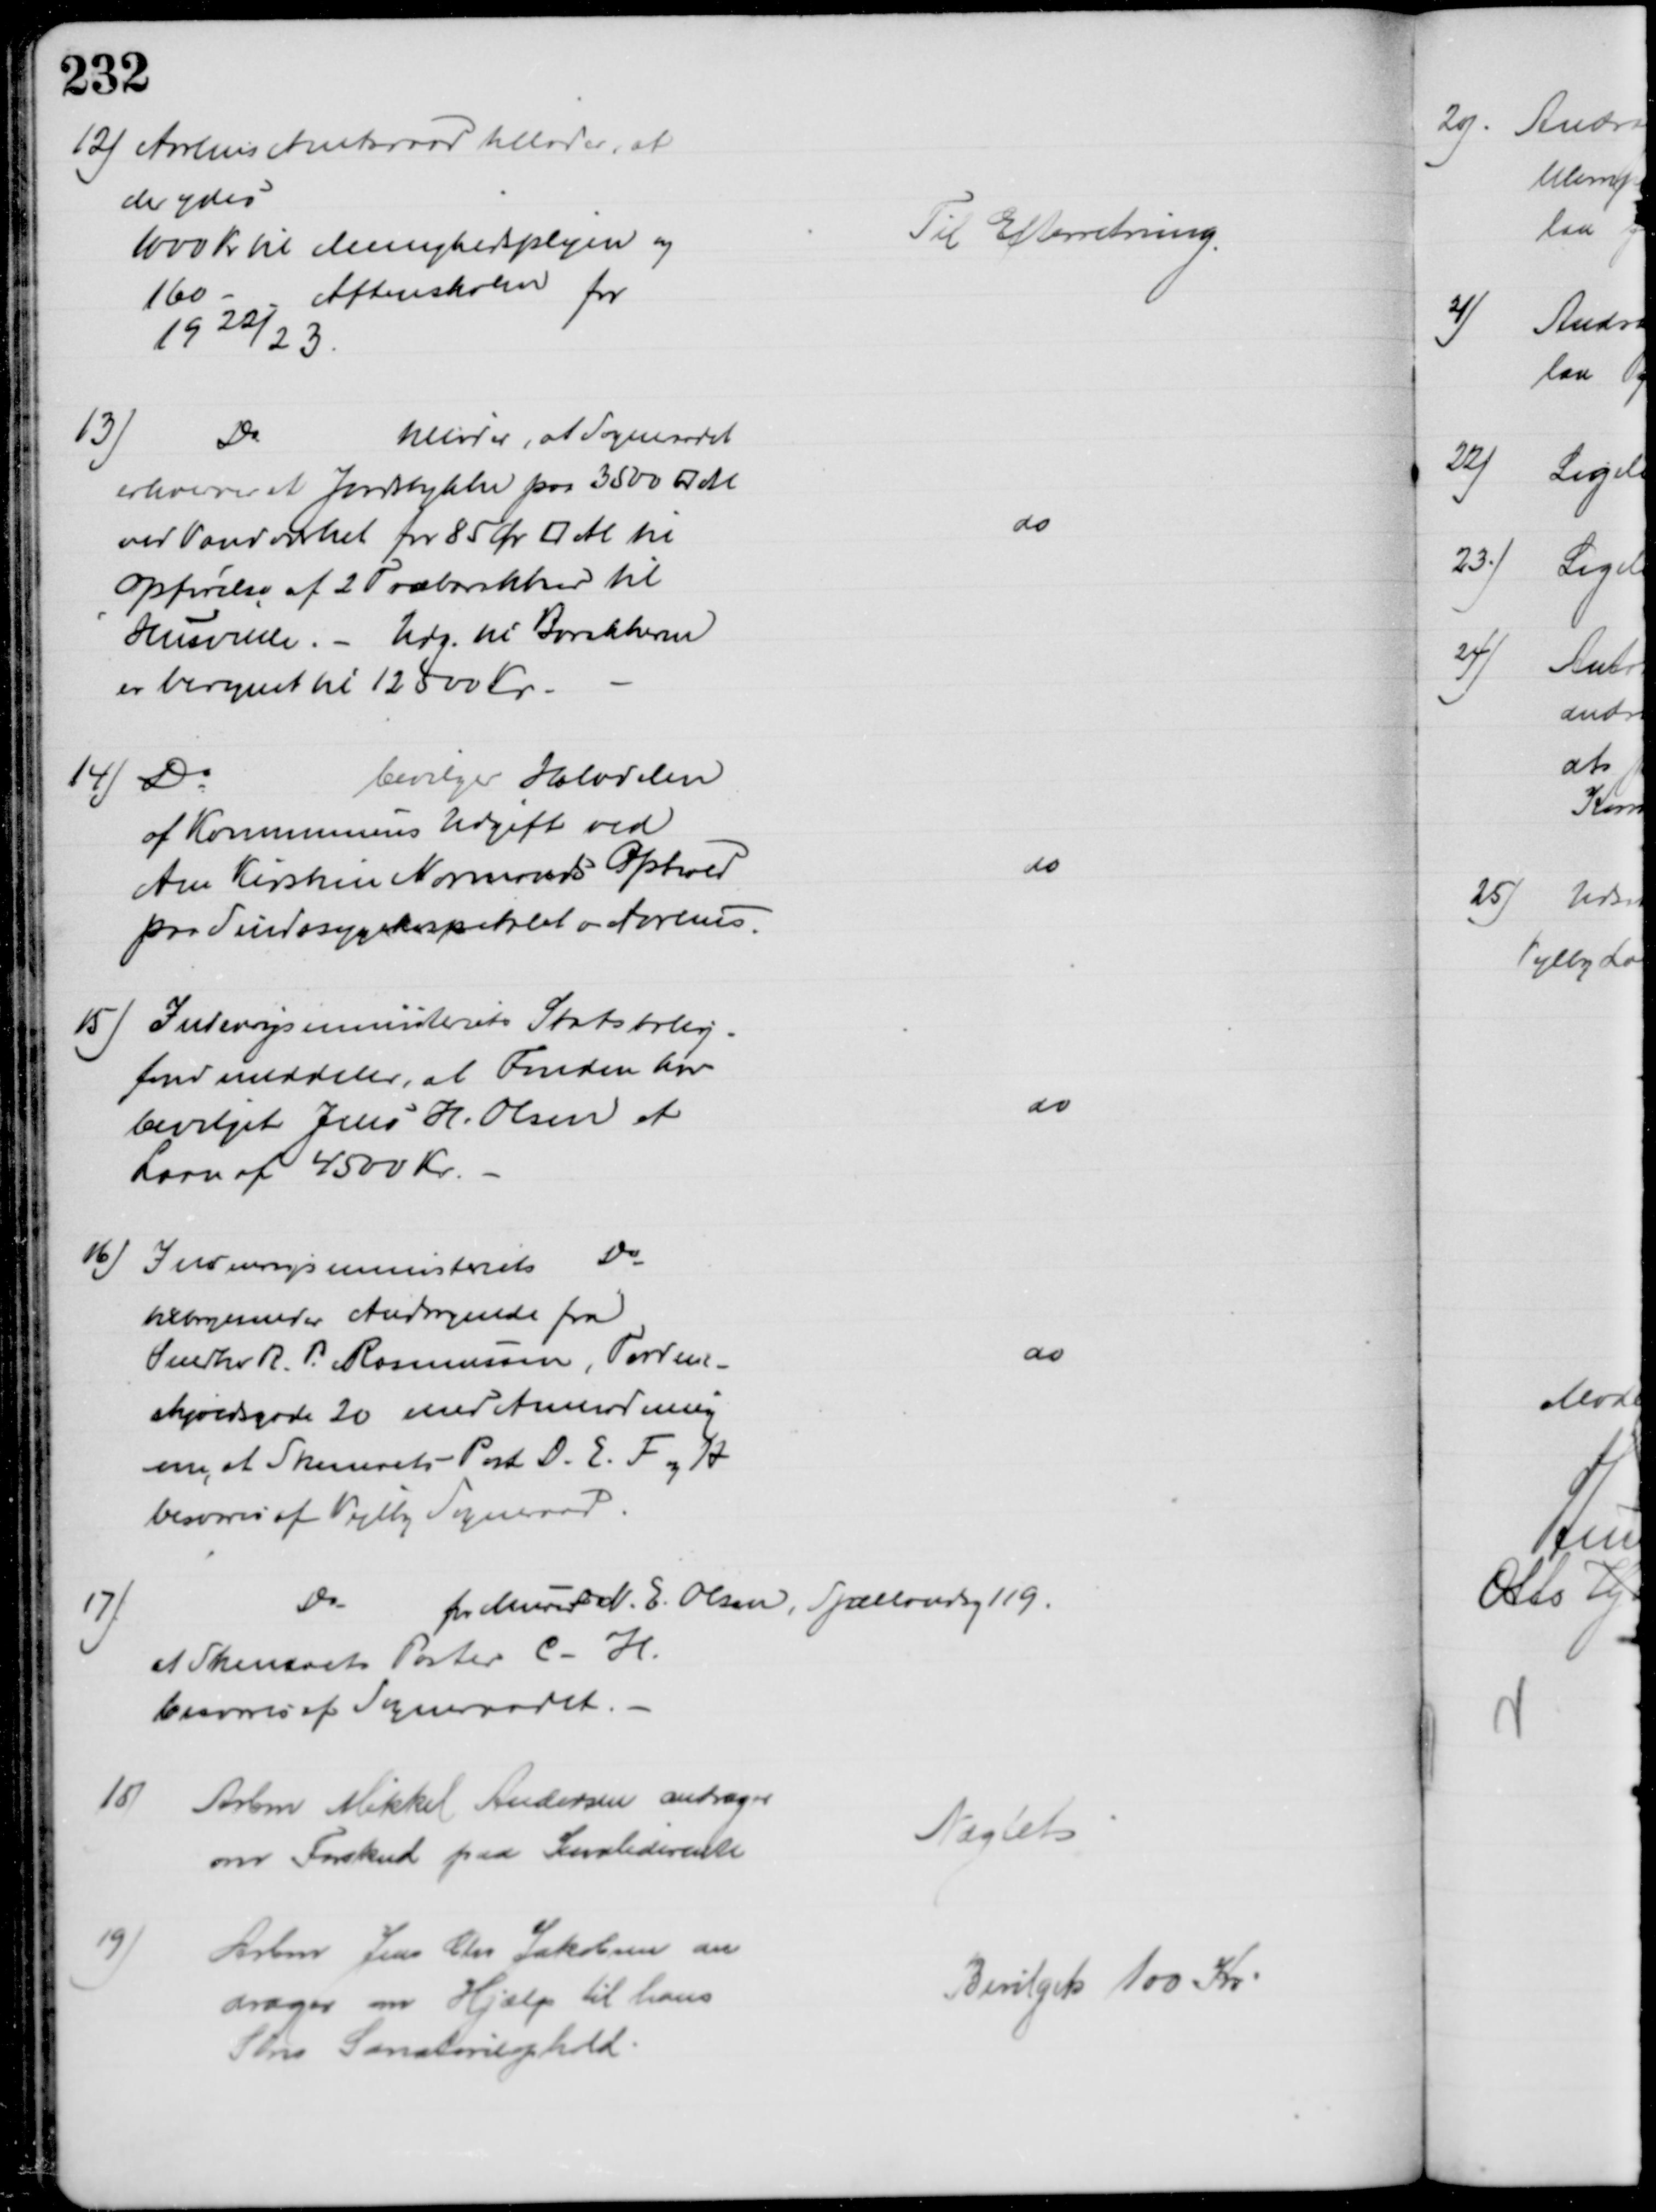
Transskription:
12) Aarhus Amtsraad tillader, at
der ydes
1000 Kr til Menighedsplejen og
160
Aftenskolen for
1922/23.
Til Efterretning.
13)
Do
tillader, at Sogneraadet
erhverver et Jordstykke paa 3500 □ Al
ved Vandværket for 85 Ør □ Al til
Opførelse af 2 Træbarakker til 
Husvilde. - Udg. til Barakkerne
er beregnet til 12500 Kr
do
14) Do
bevilger Halvdelen
af Kommunens Udgift ved 
Ane Kirstine Normands Ophold
paa Sindssygehospitalet v Aarhus.
do
15) Indenrigsministeriets Statsbolig-
fond meddeler, at Fonden har 
bevilget Jens H. Olsen et
Laan af 4500 Kr.
do
16) Indenrigsministerets Do
tilbagesender Andragende fra
Snedker R. P. Rasmussen, Torden-
skjoldsgade 20 med Anmodning
om, at Skemaets - Post D. E. F. og H
besvares af Vejlby Sogneraad
do
17)
Do 
for Murer N. E. Olsen, Sjællandsg 119.
at Skemaets Poster C - H.
besvares af Sogneraadet.
18)
Arbm Mikkel Andersen andrager
om Forskud paa Invaliderente
Nægtet
19)
Arbm Jens Chr Jakobsen an
drager om Hjælp til hans
Søns Sanatorieophold
Bevilget 100 Kr